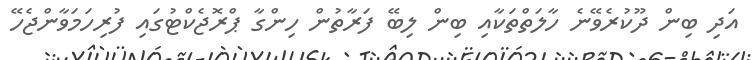
އަދި ބިން ދޫކުރެވޭނެ ހާލަތްތަކާއި ބިން ލިބޭ ފަރާތުން ހިންގާ ޕްރޮޖެކްޓުގައި ފުރިހަމަވާންޖެހޭ